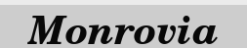
Monrovia